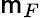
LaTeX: \mathsf{m}_{F}